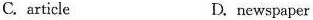
C. article D. newspaper